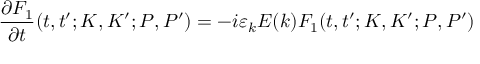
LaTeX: \frac { \partial F _ { 1 } } { \partial t } ( t , t ^ { \prime } ; K , K ^ { \prime } ; P , P ^ { \prime } ) = - i \varepsilon _ { k } E ( k ) F _ { 1 } ( t , t ^ { \prime } ; K , K ^ { \prime } ; P , P ^ { \prime } )